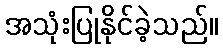
အသုံးပြုနိုင်ခဲ့သည်။